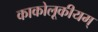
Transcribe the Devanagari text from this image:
काकोलूकीयम्